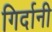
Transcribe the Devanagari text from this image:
गिर्दानी